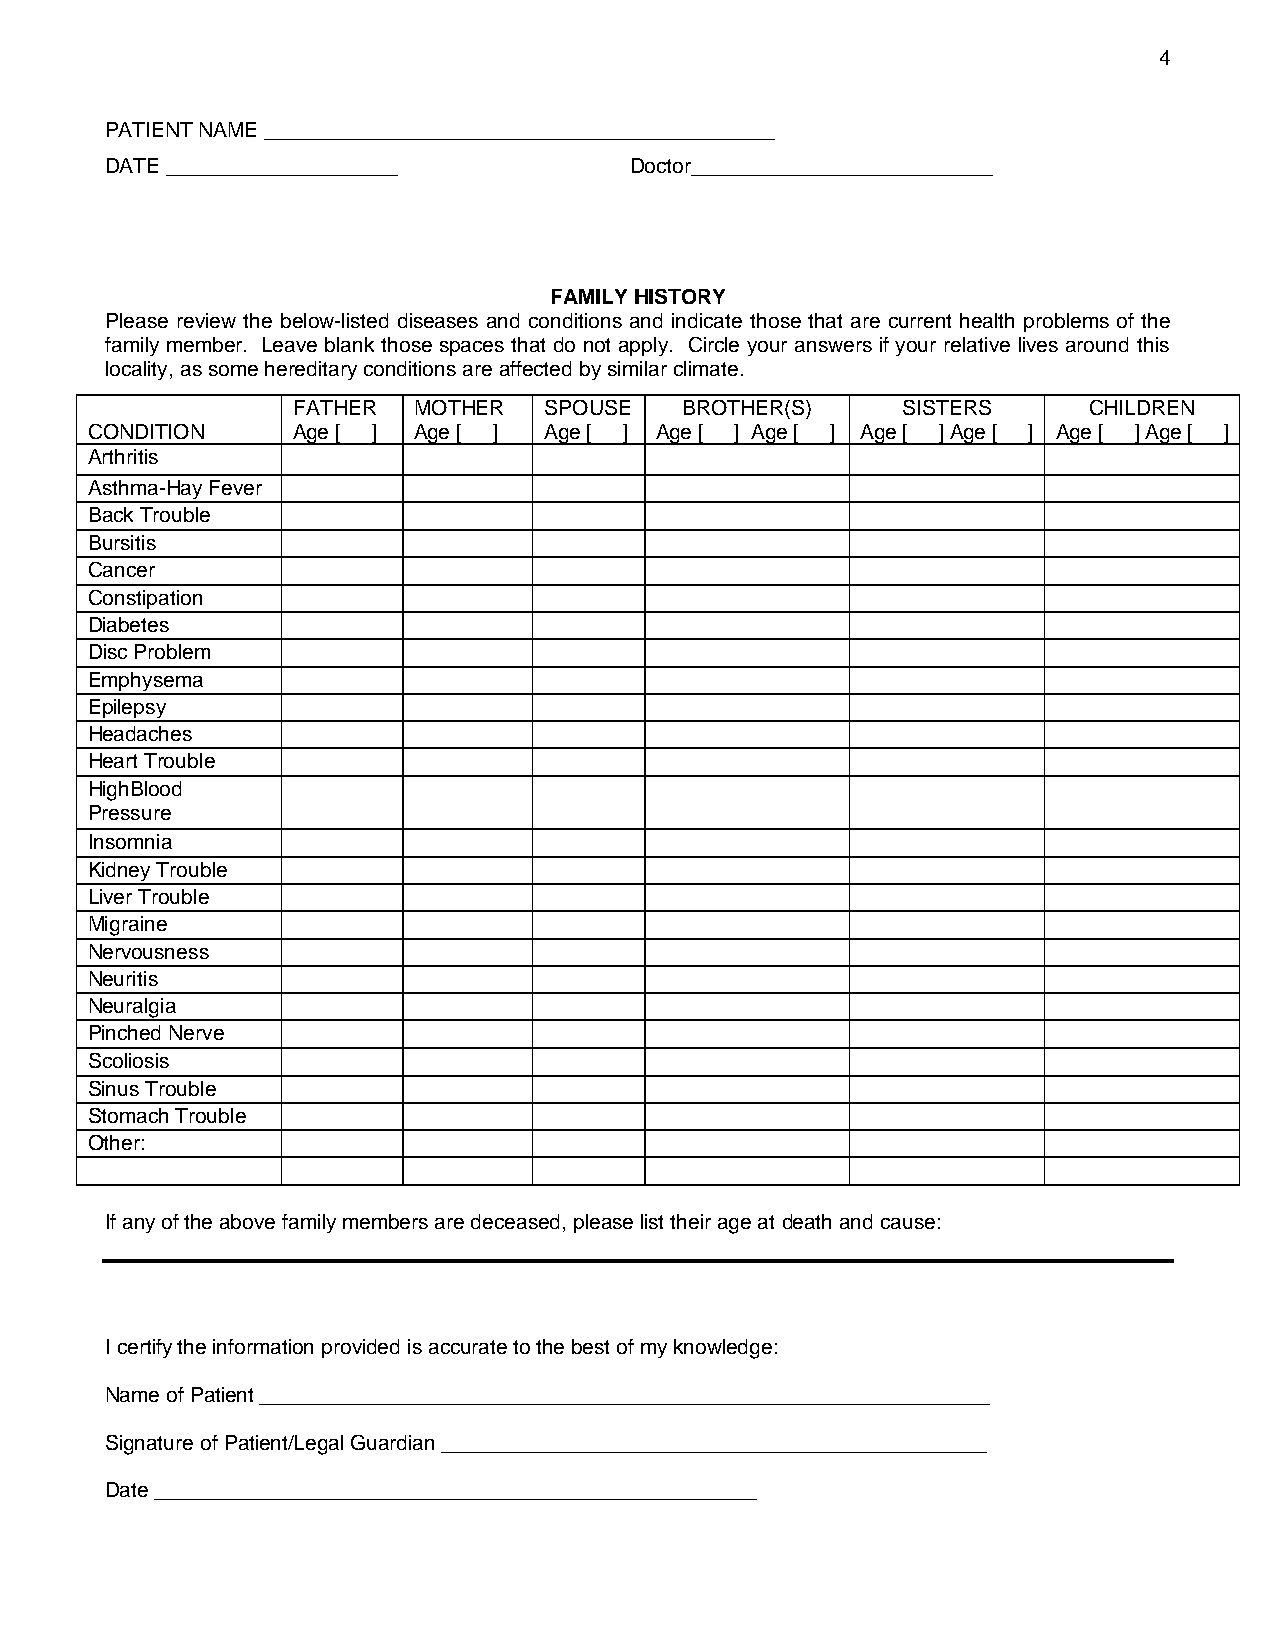
4
 PATIENT NAME ____________________________________________
 DATE ____________________          Doctor__________________________
 FAMILY HISTORY
 Please review the below-listed diseases and conditions and indicate those that are current health problems of the
 family member. Leave blank those spaces that do not apply. Circle your answers if your relative lives around this
 locality, as some hereditary conditions are affected by similar climate.
 FATHER  MOTHER   SPOUSE   BROTHER(S)     SISTERS     CHILDREN
 CONDITION    Age [ ] Age [ ]  Age [ ] Age [ ] Age [ ] Age [ ] Age [ ] Age [ ] Age [ ]
 Arthritis
 Asthma-Hay Fever
 Back Trouble
 Bursitis
 Cancer
 Constipation
 Diabetes
 Disc Problem
 Emphysema
 Epilepsy
 Headaches
 Heart Trouble
 HighBlood
 Pressure
 Insomnia
 Kidney Trouble
 Liver Trouble
 Migraine
 Nervousness
 Neuritis
 Neuralgia
 Pinched Nerve
 Scoliosis
 Sinus Trouble
 Stomach Trouble
 Other:
 If any of the above family members are deceased, please list their age at death and cause:
 I certify the information provided is accurate to the best of my knowledge:
 Name of Patient _______________________________________________________________
 Signature of Patient/Legal Guardian _______________________________________________
 Date ____________________________________________________